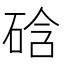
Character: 𥓂